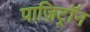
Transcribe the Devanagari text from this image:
पाज़िट्रॉन